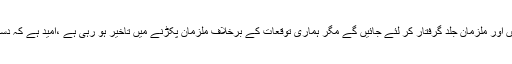
انہوں نے کہا کہ ہمار اخیال تھا کہ تمام شواہد موجود ہیں اور ملزمان جلد گرفتار کر لئے جائیں گے مگر ہماری توقعات کے برخلاف ملزمان پکڑنے میں تاخیر ہو رہی ہے ،امید ہے کہ دستیاب شواہد پر قصور واقعے کا ملزم جلد پکڑا جائے گا۔